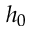
h _ { 0 }